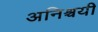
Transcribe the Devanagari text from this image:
अनिश्चयी